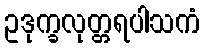
ဥဒုက္ခလုတ္တရပါသကံ